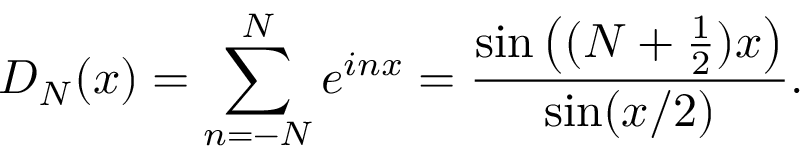
D _ { N } ( x ) = \sum _ { n = - N } ^ { N } e ^ { i n x } = { \frac { \sin \left( ( N + { \frac { 1 } { 2 } } ) x \right) } { \sin ( x / 2 ) } } .